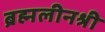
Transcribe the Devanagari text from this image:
ब्रह्मलीनश्री